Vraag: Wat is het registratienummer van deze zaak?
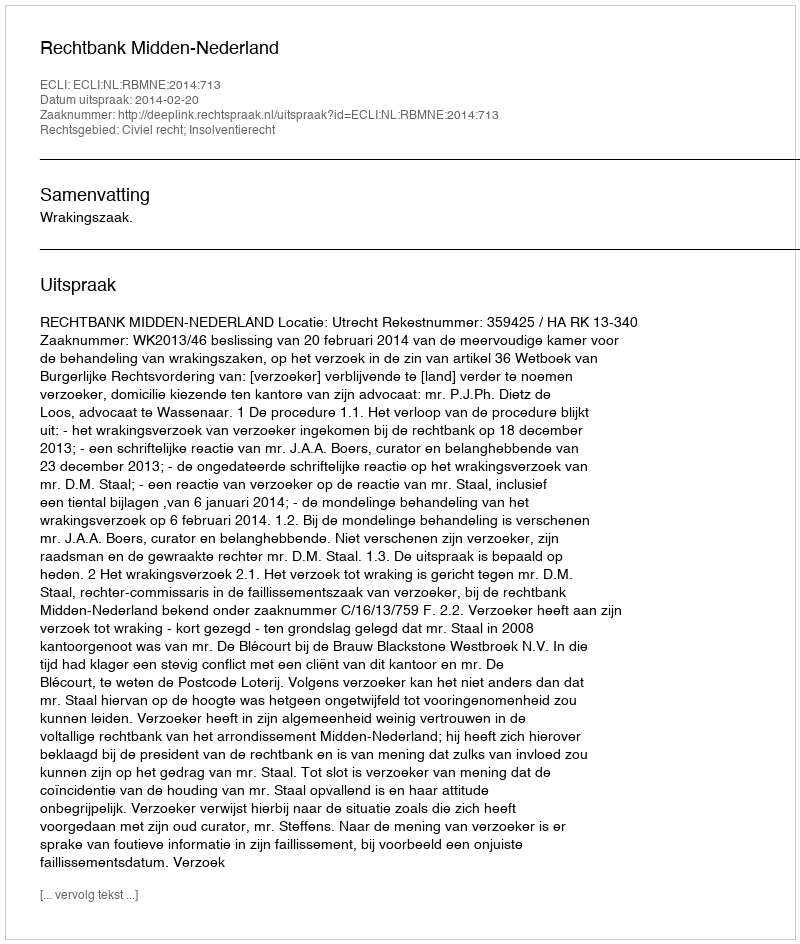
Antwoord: http://deeplink.rechtspraak.nl/uitspraak?id=ECLI:NL:RBMNE:2014:713